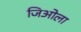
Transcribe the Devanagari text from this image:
जिओला